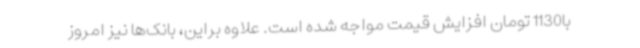
با1130 تومان افزایش قیمت مواجه شده است. علاوه براین، بانک‌ها نیز امروز